Bréfritari: Guðrún Sigfúsdóttir
Viðtakandi: Daníel Halldórsson
Dagsetning: A-1859-07-11
Skrifað á: Völlum  Eyf.

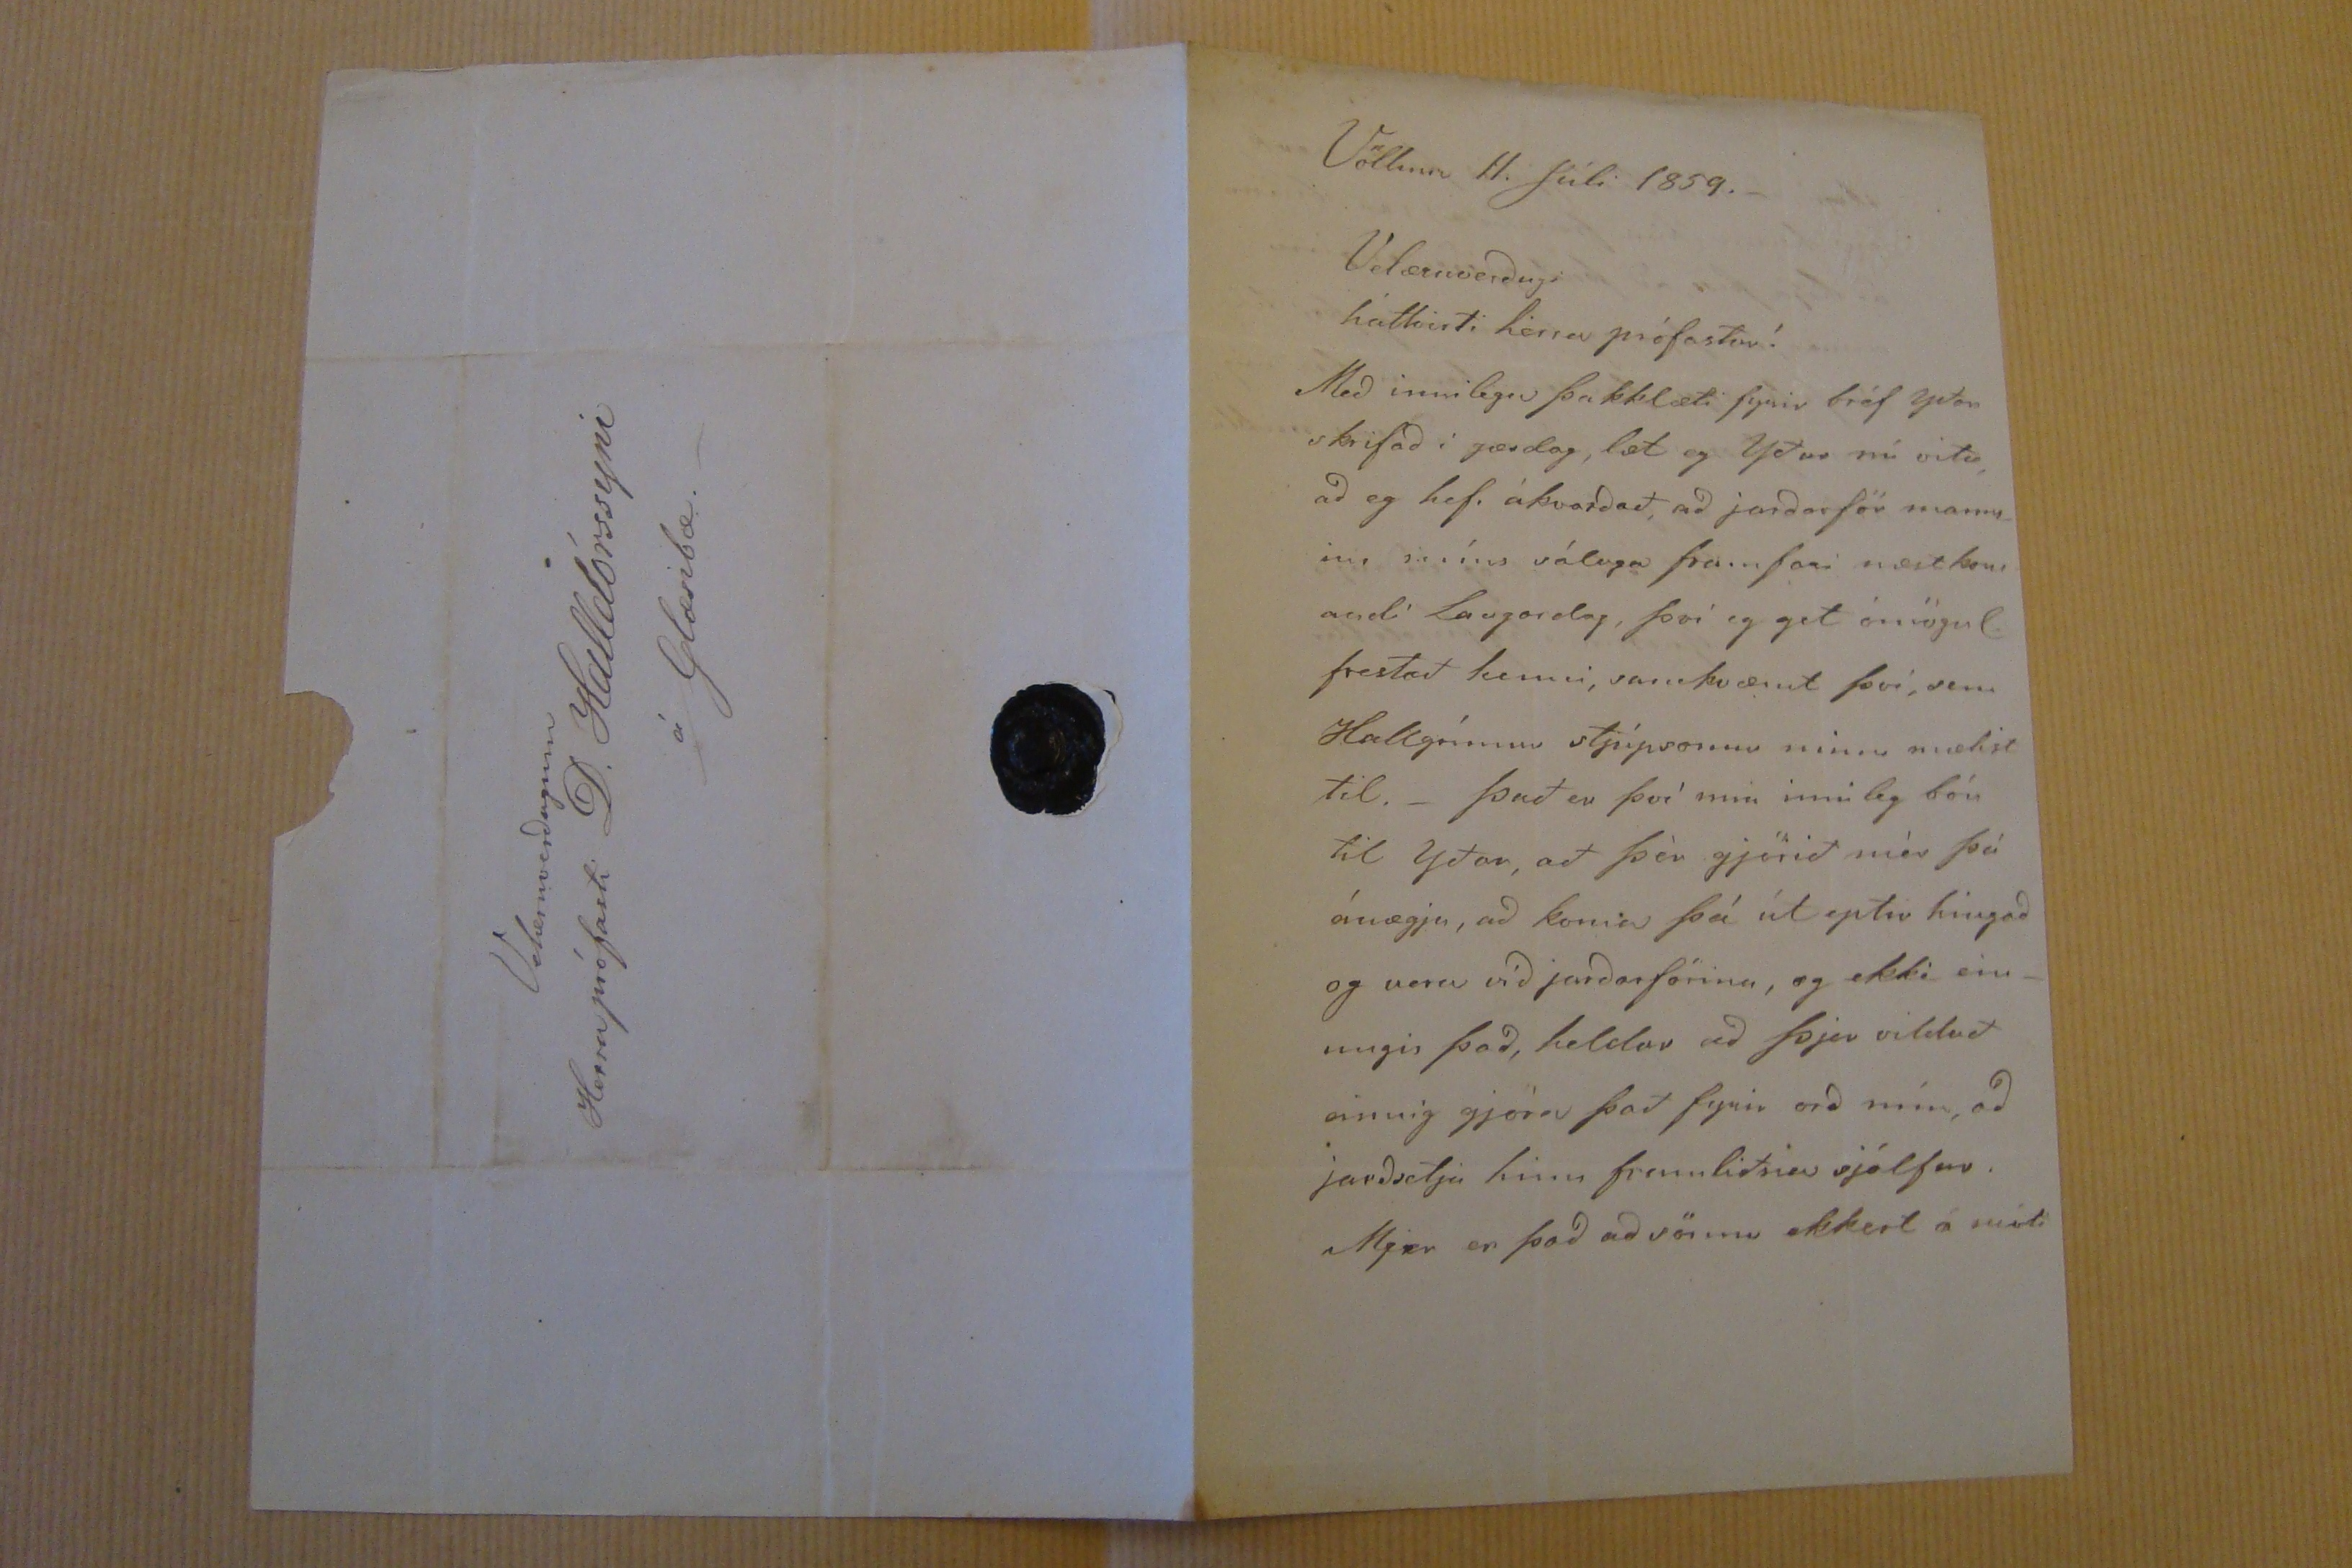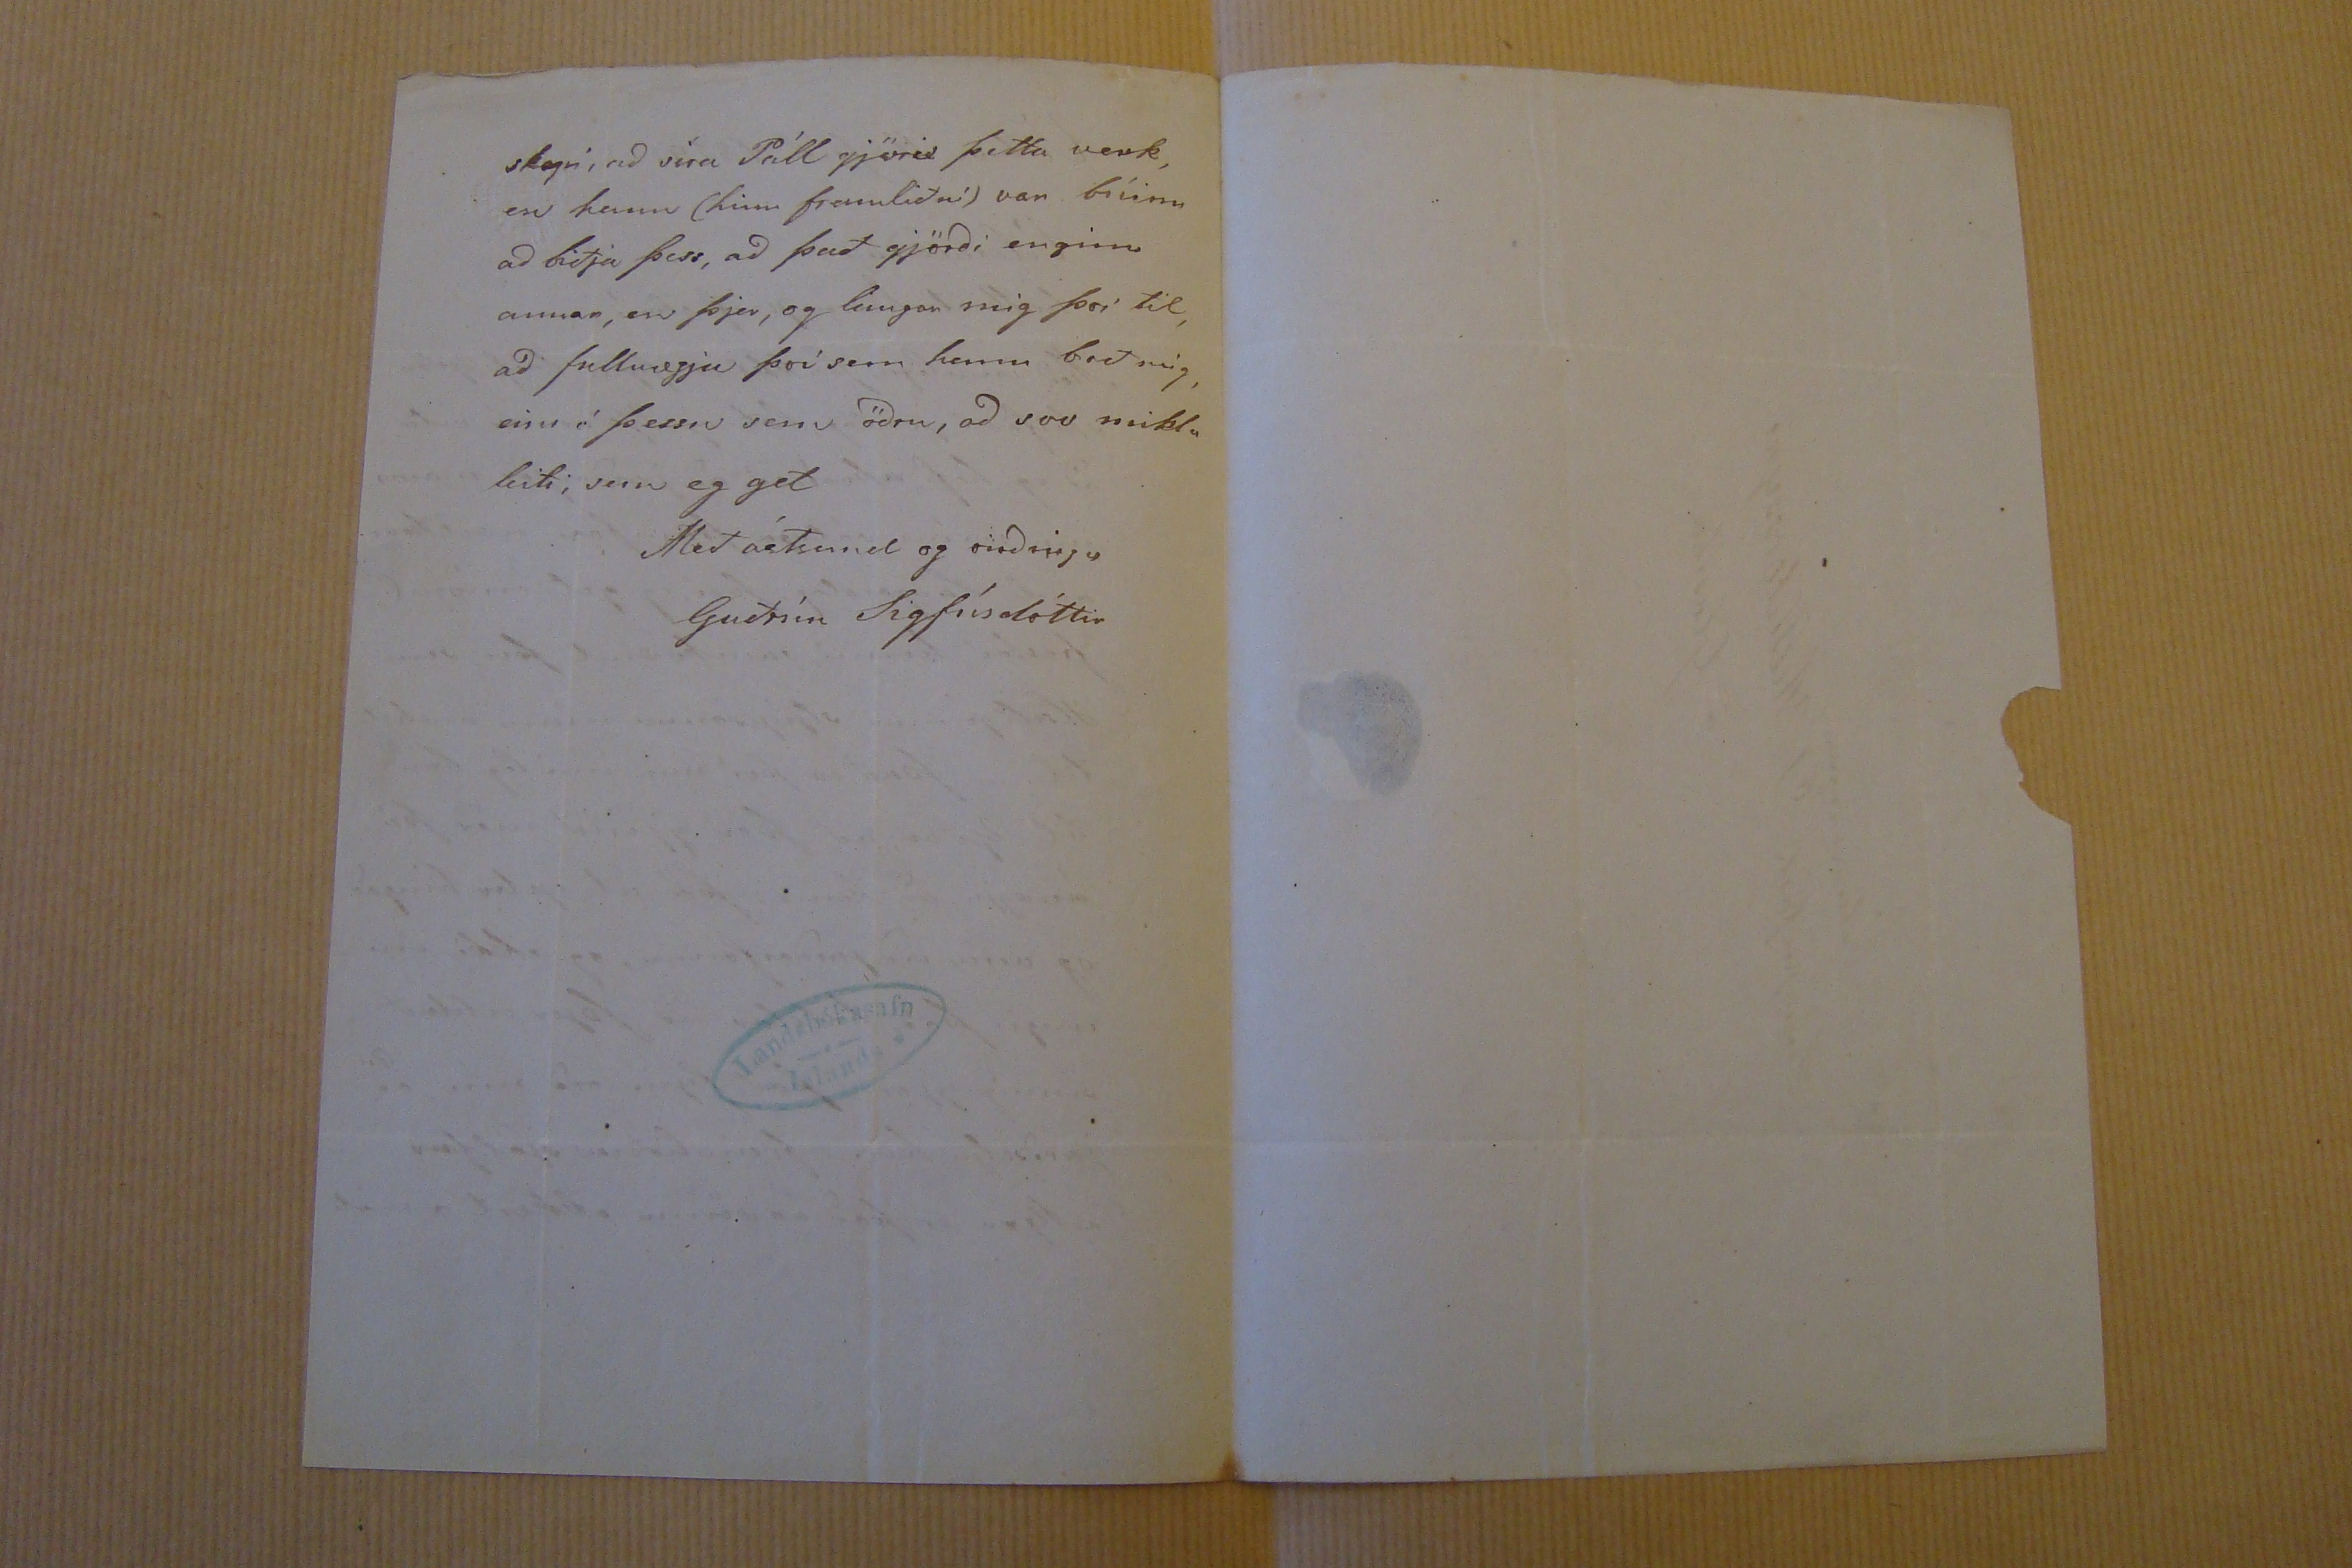

Völlum 11. júli 1859
Velæruverðugi háttvirti herra prófastur!
Með innilegu þakklæti fyrir bréf yðar skrifað í gærdag, læt eg Yður nú vita, að eg hefi ákvarðað, að jarðarför anns_ ins míns sáluga fram fari næstkom andi Laugardag, því eg get ómögul. frestað henni, samkvæmt þvi, sem Hallgrímur stjúpsonur minn mælist til._ það er því min innileg bón til yðar, að þér gjörið mér þá ánægju, að koma þá út eptir hingað og vera víð jarðarförina, og ekki ein_ ungis það, heldur að þjer vilduð einnig gjöra það fyrir orð mín, að jarðsetja hinn framliðna sjálfur. Mjer er það að
vörmu
ekkert á móti
skyni
, að séra Páll gjörir þetta verk, en hann (hinn framliðni) var búinn að biðja þess, að það gjörði enginn annar, en þjer, og lángar mig því til, að fullnægja því sem hann bað mig,
eins
á þessu sem öðru, að svo miklu leiti, sem eg get
Með ástsemd og virðingu
Guðrún Sigfúsdóttir
Velæruverðugum Herra prófasti D. Halldórssyni á Glæsibæ._